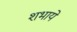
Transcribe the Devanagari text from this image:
शभाये